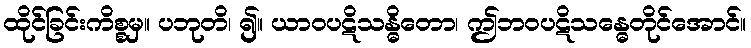
ထိုင်ခြင်းကိစ္စမှ။ ပဘုတိ၊ ၍။ ယာဝပဋိသန္ဓိတော၊ ဤဘဝပဋိသန္ဓေတိုင်အောင်။